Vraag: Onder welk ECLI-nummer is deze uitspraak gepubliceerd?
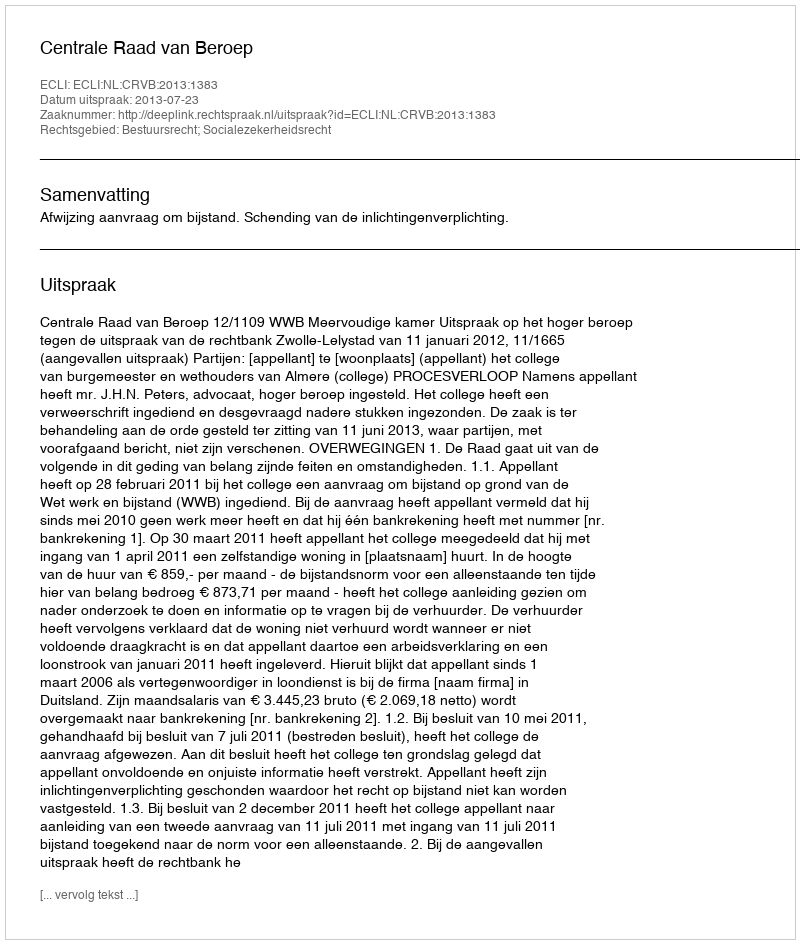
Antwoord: ECLI:NL:CRVB:2013:1383